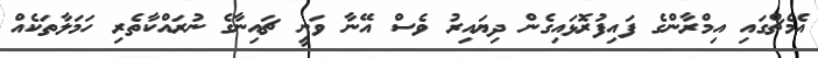
އެމެޗްގައި އިމްރާންގެ ފައިފުރޮޅައިގެން ދިޔައިރު ވެސް އޭނާ ވަނީ ޗައިނާގެ ނުރައްކާތެރި ހަމަލާތަކެއް